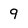
Character: 9